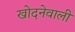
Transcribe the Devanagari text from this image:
खोदनेवाली